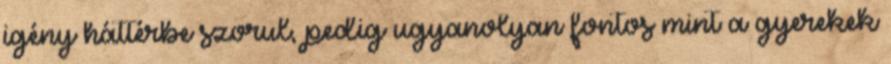
igény háttérbe szorul, pedig ugyanolyan fontos mint a gyerekek